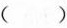
()